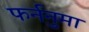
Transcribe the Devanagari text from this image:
फर्ननुमा